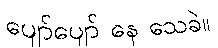
ပျော်ပျော် နေ သေခဲ။